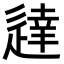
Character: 𫐳